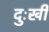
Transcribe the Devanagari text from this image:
दुःखीं